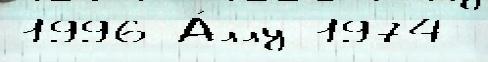
1996 А́ллу 1974